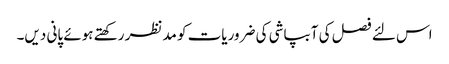
اس لئے فصل کی آبپاشی کی ضروریات کو مدنظر رکھتے ہوئے پانی دیں۔